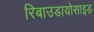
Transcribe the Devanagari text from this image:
रिबाउडायोसाइड